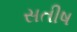
સતીષ